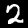
Label: 2